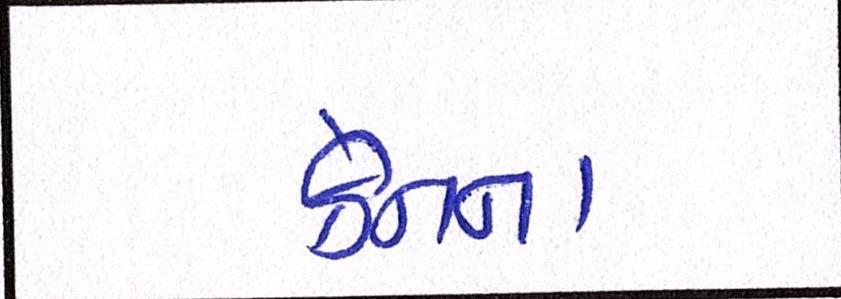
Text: ક્રેનના